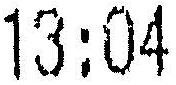
13:04